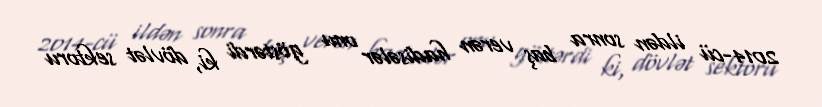
2014-cü ildən sonra baş verən hadisələr onu göstərdi ki, dövlət sektoru